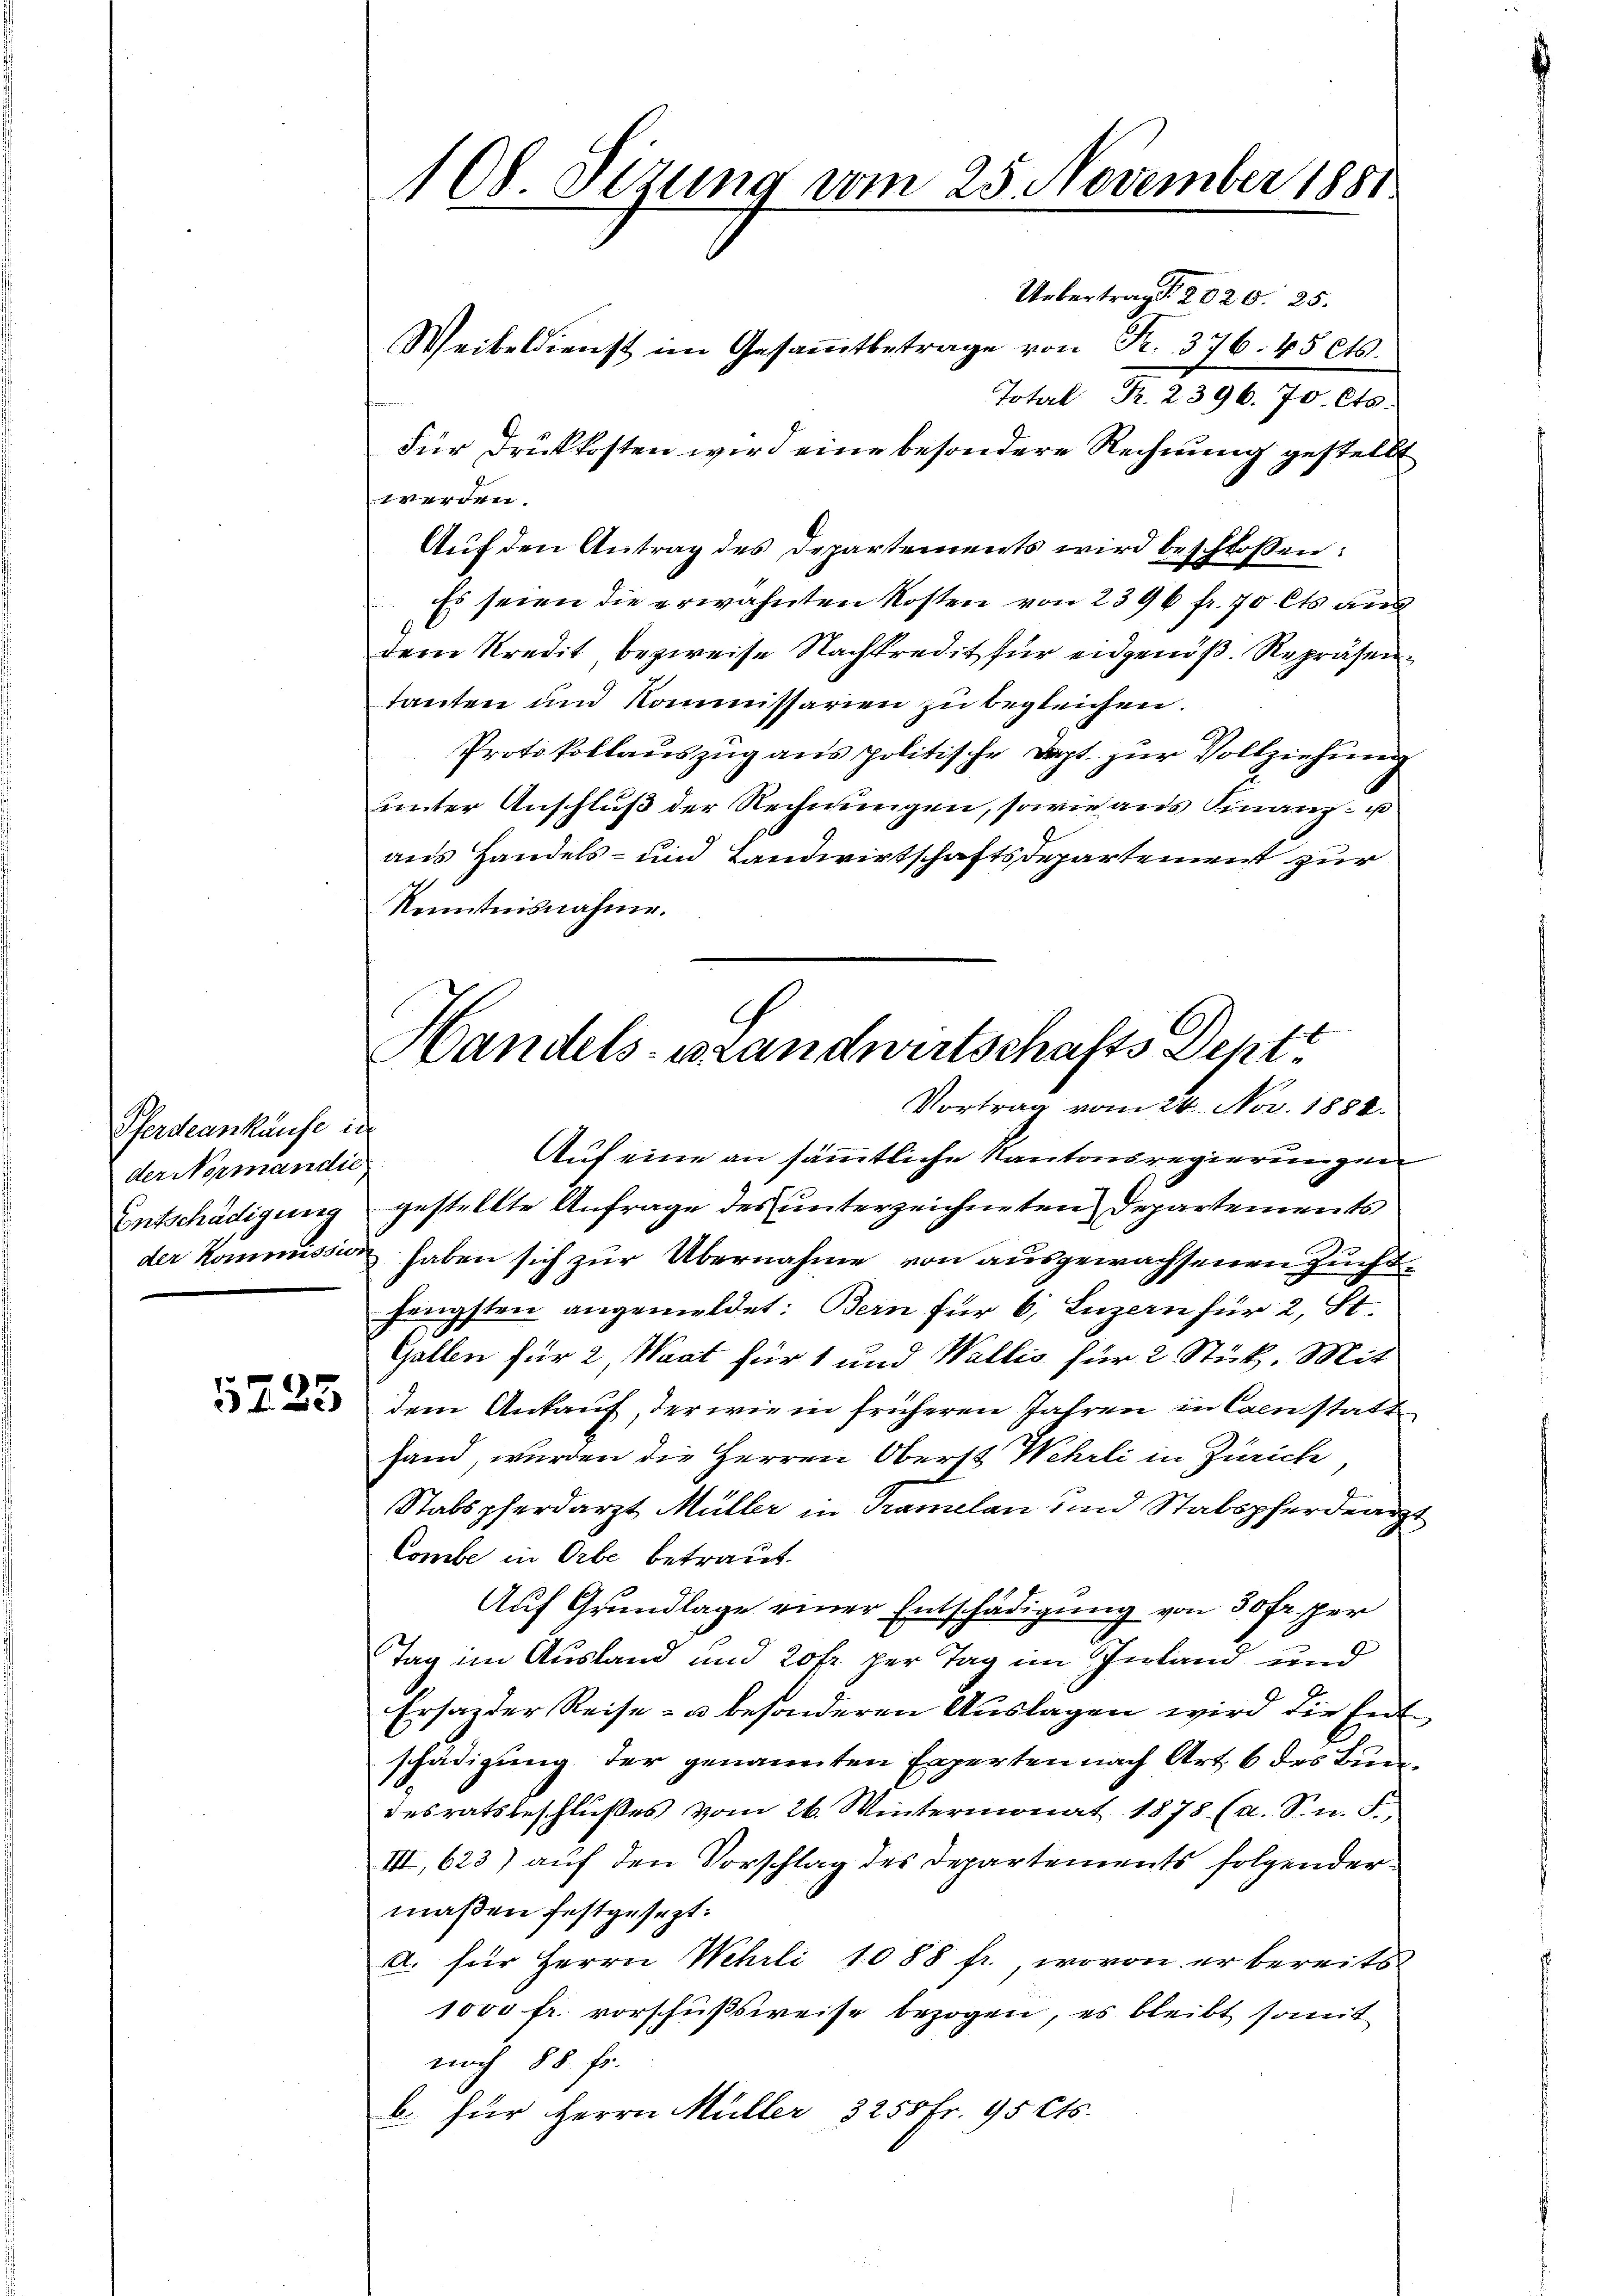
Pferdeankaufe in
der Normandie
Entschädigung

3235

108. Sizung vom 25. November 1881

Uebertrag. 2020. 25.
Weibeldienst im Gesammtbetrage von Fr. 376. 45 cts.
Total Fr. 2396. 70. Cts.
Für Druckkosten wird eine besondere Rechnung gestellt
w werden.
Aŭf den Antrag des Departements wird beschlossen:
Es seien die erwähnten Kosten von 2396 fr. 70. Cts. ans
dem Kredit bezweife Nachkredit für eidgenöß. Repräsentanten und Kommissarien zu begleichen.
Protokollauszug aus politische Dept. zur Vollziehung
unter Anschluß der Rechnungen, sowie aus Finanz- u
aus Handels- und Landwirtschaftsdepartement zur
Kenntnisnahme.
Auf eine an sämmtliche Kantonsregierungen
gestellte Anfrage des unterzeichneten Departements
der Kommissin haben sich zur Übernahme von ausgewachsenen Zuchthengsten angemeldet: Bern für 6, Luzern für 2, St.
Gallen für 2, Saat für 1 und Wallis für 2 Stück. Mit
dem Ankauf, der wie in früheren Jahren in Caestatt
hand, wurden die Herren Oberst Wehrli in Zürich,
d
Stabspferdarzt Müller in Tramelan und Stabspferdearzt
Combe in Orbe betraut.
Auf Grundlage einer Entschädigung von 30 Fr. per
Tag im Ausland und 20fr. per Tag im Inland und
Ersatz der Reise- u. besonderen Auslagen wird die Ent
schädigung der genannten Experten nach Art. 6 des Bundesratsbeschlußes vom 26. Wintermonat 1878. (a. Sn. F.
III, 623) auf den Vorschlag des Departements folgender
maßen festgesezt:
a. für Herrn Wehrli 1088 fr., wovon er bereits
1000 fr. vorschußsweise bezogen, es bleibt somit
nach 88. fr.
b. für Herrn Müller 3255 Fr. 95 Cts.

Handels-Brandwirtschafts Dept
Vortrag vom 24. Nov. 1888.